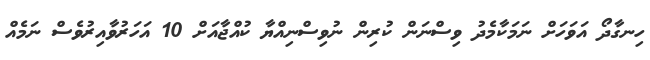
ހިނގާދޯ އަވަހަށް ނަމަކާމެދު ވިސްނަން ކުރިން ނުވިސްނިއްޔާ ކުއްޖާއަށް 10 އަހަރުވާއިރުވެސް ނަމެއް